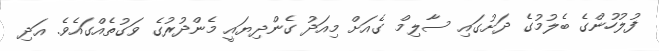
ފުލުހުންގެ ބެލުމުގެ ދަށުގައި ސާލިމް ގެއަށް މިއަދު ގެންދިޔައީ މެންދުރުގެ ވަގުތެއްގައެވެ. އަދި